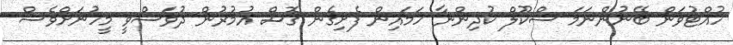
ހުއްޓުވަން ބޭނުންނަމަ ސްކޫލް ކުދިންނާ ހަމައިން ފެށިގެން ގޮސް އުމުރުން ދުވަސްވީ މީހުނަށްވެސް